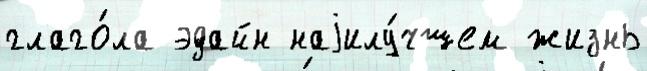
глаго́ла эдайн наjилу́чшем жизнь